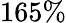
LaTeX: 165\%